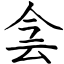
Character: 侌